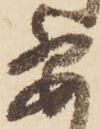
要